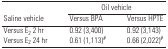
|  | <COLSPAN=2> Oil vehicle |
 | Saline vehicle | Versus BPA | Versus HPTE |
 | --- | --- | --- |
 | Versus E2 2 hr | 0.92 (3,400) | 0.92 (3,143) |
 | Versus E2 24 hr | 0.61 (1,113)# | 0.66 (2,022)# |